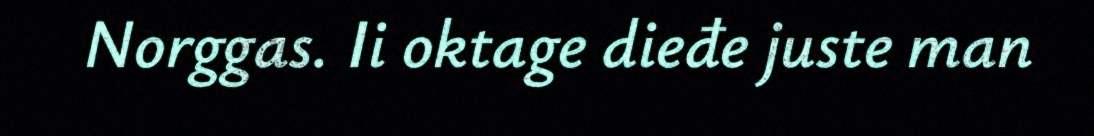
Norggas. Ii oktage dieđe juste man